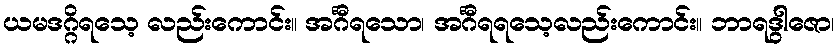
ယမဒဂ္ဂိရသေ့ လည်းကောင်း။ အင်္ဂီရသော၊ အင်္ဂီရရသေ့လည်းကောင်း။ ဘာရဒွါဇော၊